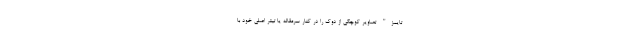
تایمز" تصاویر کوچکی از دوک را در کنار سرمقاله یا تیتر اصلی خود با